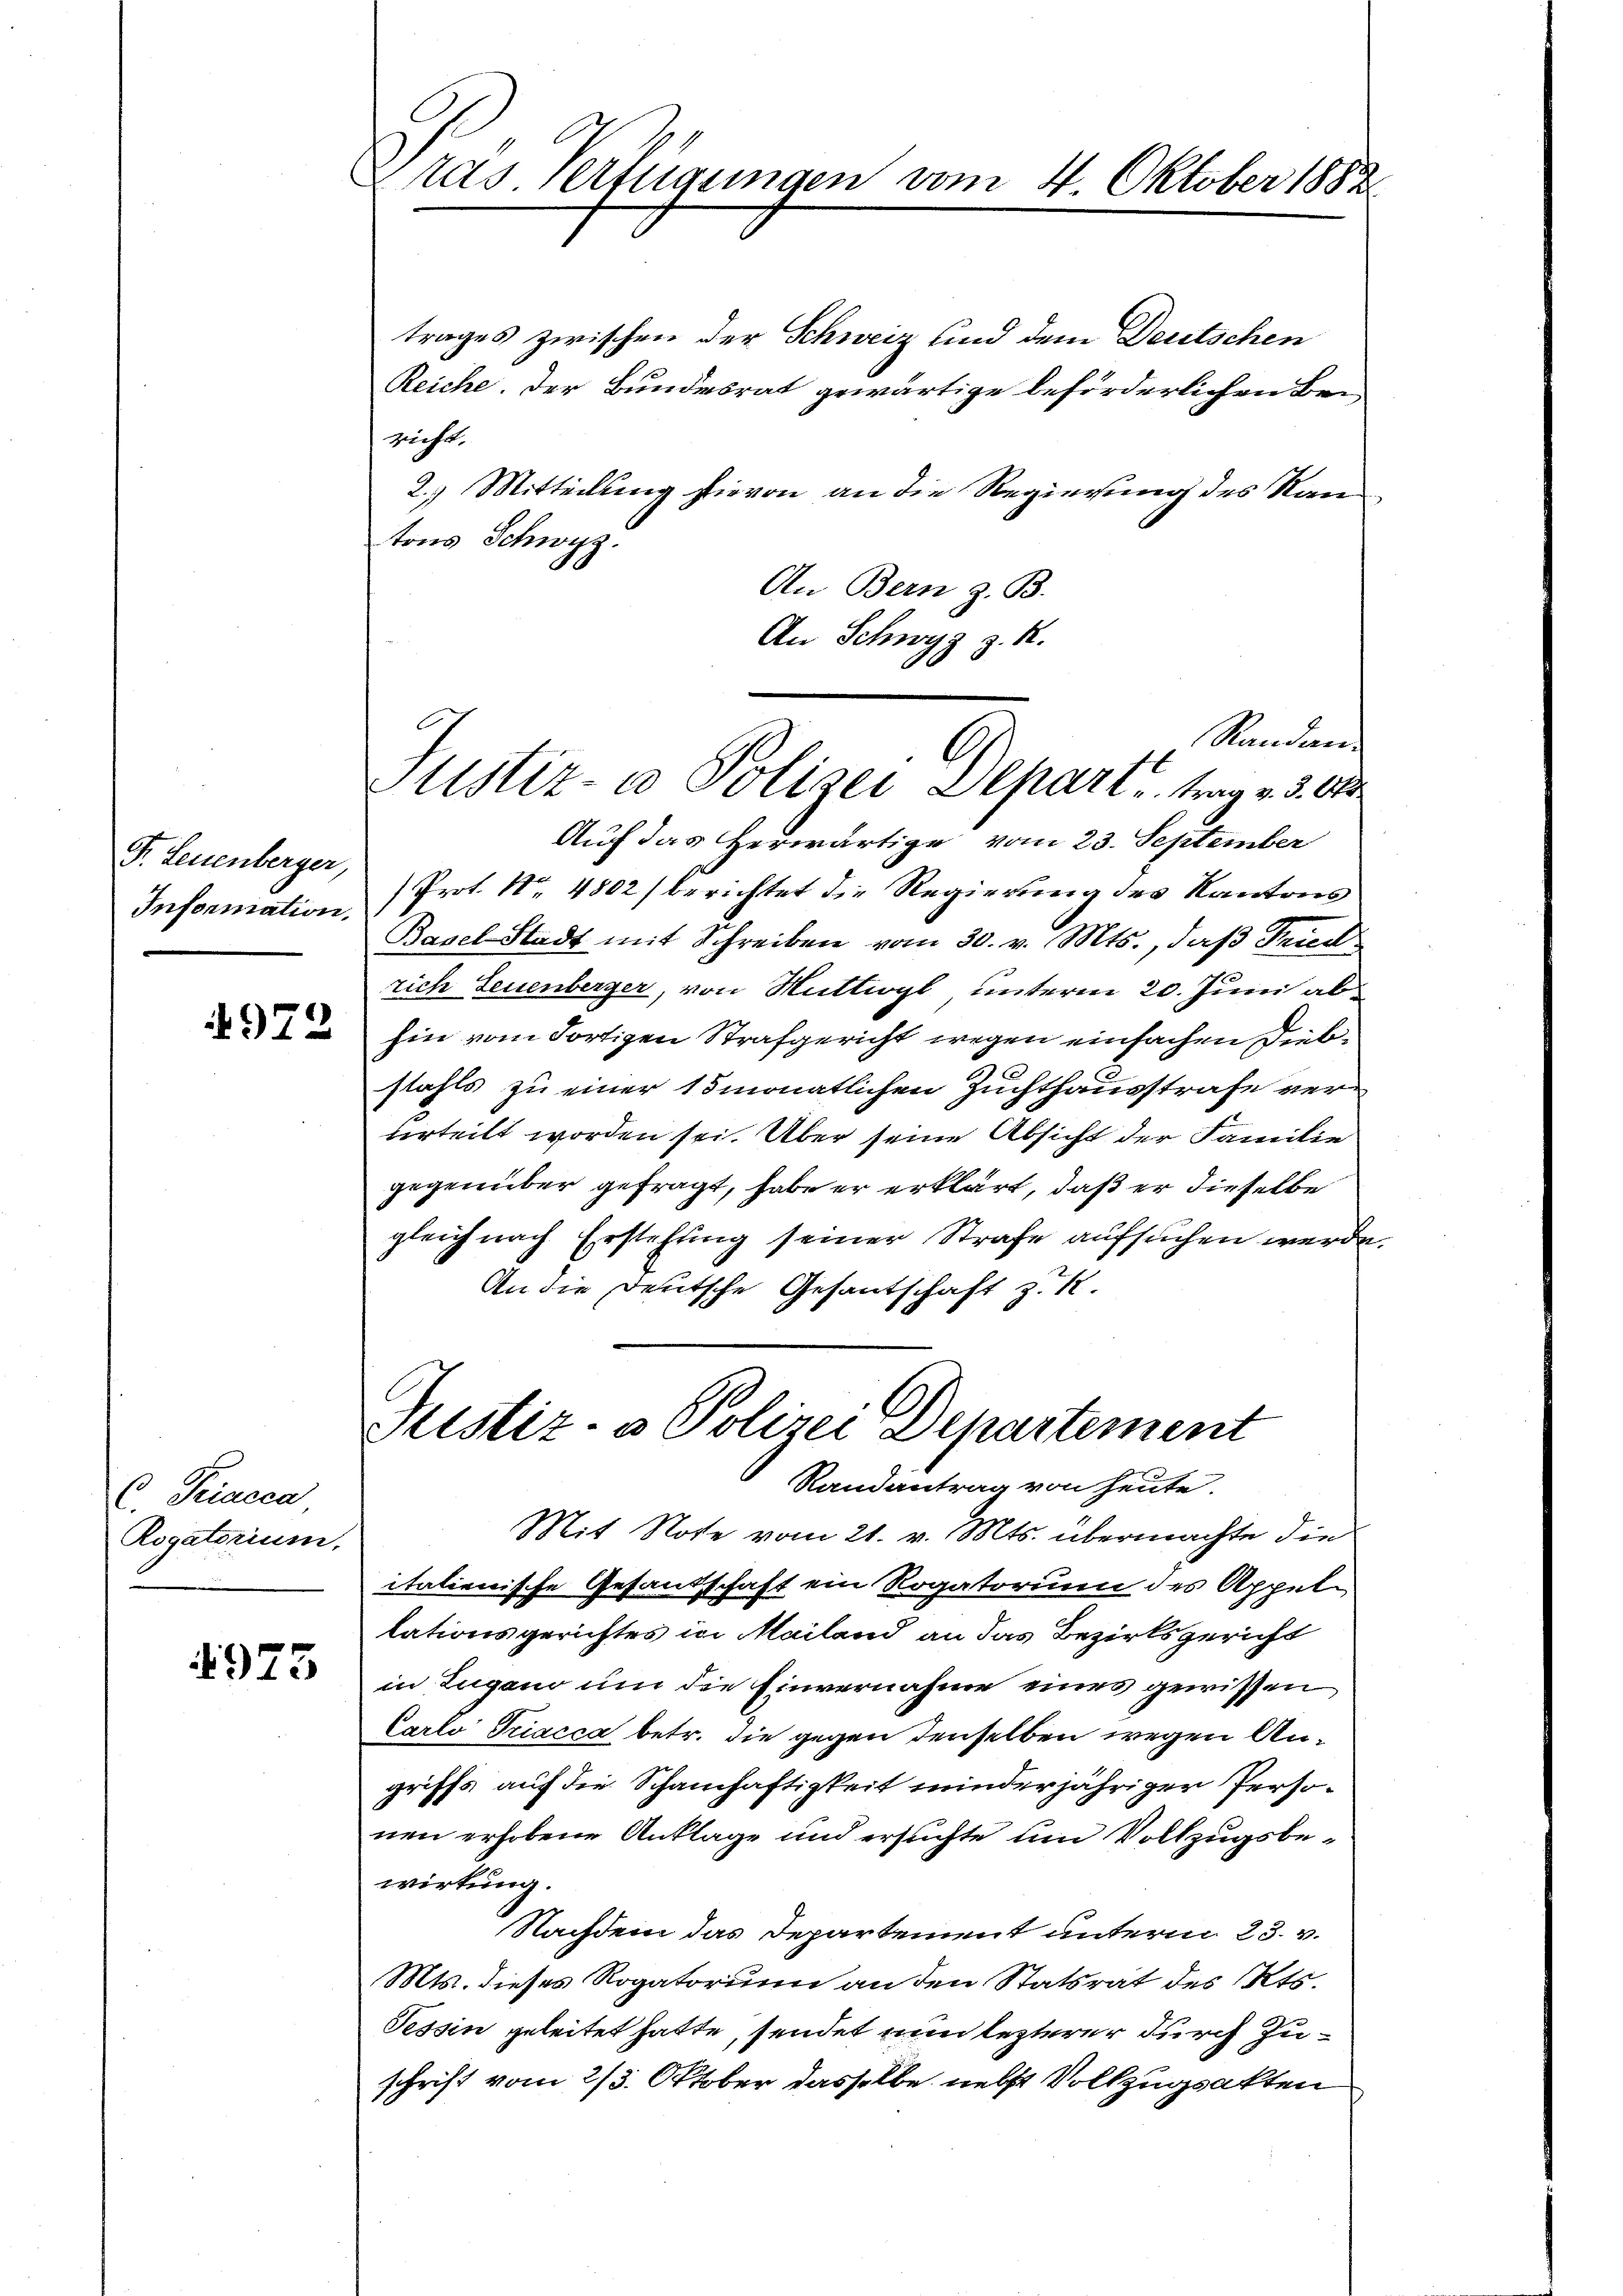
F. Leuenberger,
Information.

972

C. Triacca
Rogatorium.

4975

ras Verfügungen vom 4. Oktober 1882

trages zwischen der Schweiz und dem Deutschen
Reiche. Der Bundesrat gewärtige beförderlichen Bei-
zicht.
2.) Mitteilung hievon an die Regierung des Rautons Schwyz.
An Bern z. B.
An Schwyz z. R.

Auf das Herwärtige vom 23. September
Prot. No. 4802/ berichtet die Regierung des Kantons
Basel Stadt mit Schreiben vom 30. v. Mts., daß Fried
rich Leuenberger, von Mittiogl unterm 20. Juni ab
hin vom Fortigen Strafgericht wegen einfachen Diebstahls zu einer 15 monatlichen Zuchthausstrafe verurteilt worden sei. Über seine Absicht der Familie
gegenüber gefragt, habe er erklärt, daß er dieselbe
gleich nach Erstehung seiner Strafe aufsuchen werde.
An die Deutsche Gesantschaft zu 1

Standen
Justiz- & Polizei Depart, trag v. 3. Okt

Sistiz- & Polizei Departement
Randantrag von heute.

Mit Note vom 21. v. Mts. übermachte die
italienische Gesandschaft ein Rogatorium des Appellationsgerichtes in Mailand an das Bezirksgericht
in Zugano um die Einvernahme eines gewissen
Carlo Triacca betr. die gegen denselben wegen Angriffs auf die Schamhaftigkeit minderjähriger Personen erhobene Anklage und ersuchte um Vollzugsbewirkung.
Nachdem das Departement unterm 23. v.
Mts. dieses Rogatorium an den Statsrat des Kts.
Tessin geleitet hatte, sendet nun lezterer durch Zuschrift vom 2/3. Oktober dasselbe nebst Vollzugsakten